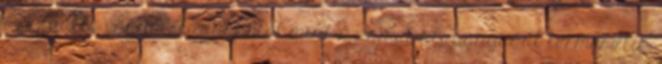
szexuális vágyat. A gyapotot mint a pamut alapanyagát termesztik